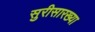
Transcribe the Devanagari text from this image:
सुरीसारख्या